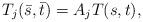
LaTeX: \begin{align*} T_j(\bar{s}, \bar{t}) = A_j T(s, t),\end{align*}